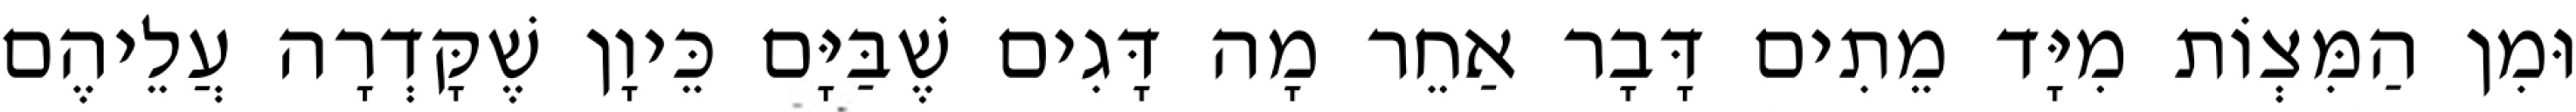
וּמִן הַמִּצְוֹת מִיָּד מֵתִים דָּבָר אַחֵר מָה דָּגִים שֶׁבַּיָּם כֵּיוָן שֶׁקָּדְרָה עֲלֵיהֶם